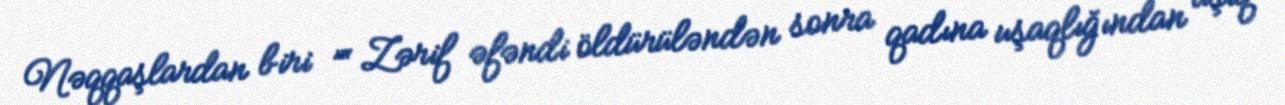
Nəqqaşlardan biri ”“ Zərif əfəndi öldürüləndən sonra qadına uşaqlığından aşiq